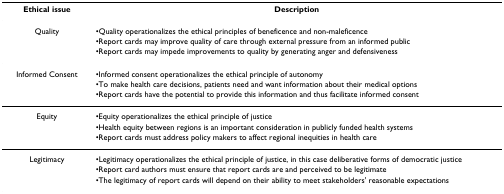
<table><thead><tr><td><b>Ethical issue</b></td><td><b>Description</b></td></tr></thead><tbody><tr><td>Quality</td><td>•Quality operationalizes the ethical principles of beneficence and non-maleficence</td></tr><tr><td></td><td>•Report cards may improve quality of care through external pressure from an informed public</td></tr><tr><td></td><td>•Report cards may impede improvements to quality by generating anger and defensiveness</td></tr><tr><td>Informed Consent</td><td>•Informed consent operationalizes the ethical principle of autonomy</td></tr><tr><td></td><td>•To make health care decisions, patients need and want information about their medical options</td></tr><tr><td></td><td>•Report cards have the potential to provide this information and thus facilitate informed consent</td></tr><tr><td>Equity</td><td>•Equity operationalizes the ethical principle of justice</td></tr><tr><td></td><td>•Health equity between regions is an important consideration in publicly funded health systems</td></tr><tr><td></td><td>•Report cards must address policy makers to affect regional inequities in health care</td></tr><tr><td>Legitimacy</td><td>•Legitimacy operationalizes the ethical principle of justice, in this case deliberative forms of democratic justice</td></tr><tr><td></td><td>•Report card authors must ensure that report cards are and perceived to be legitimate</td></tr><tr><td></td><td>•The legitimacy of report cards will depend on their ability to meet stakeholders&#x27; reasonable expectations</td></tr></tbody></table>